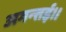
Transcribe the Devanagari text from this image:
अगन्‍तई।।